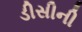
ડીસીની